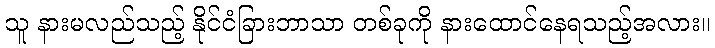
သူ နားမလည်သည့် နိုင်ငံခြားဘာသာ တစ်ခုကို နားထောင်နေရသည့်အလား။